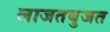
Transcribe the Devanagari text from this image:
लाजतबुजत